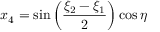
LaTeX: x _ { 4 } = \sin \left( { \frac { \xi _ { 2 } - \xi _ { 1 } } { 2 } } \right) \cos \eta